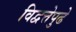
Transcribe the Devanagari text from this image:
विद्वत्तेपुढे